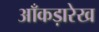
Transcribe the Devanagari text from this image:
आँकड़ारेख